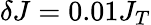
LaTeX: \delta J=0.01J_{T}